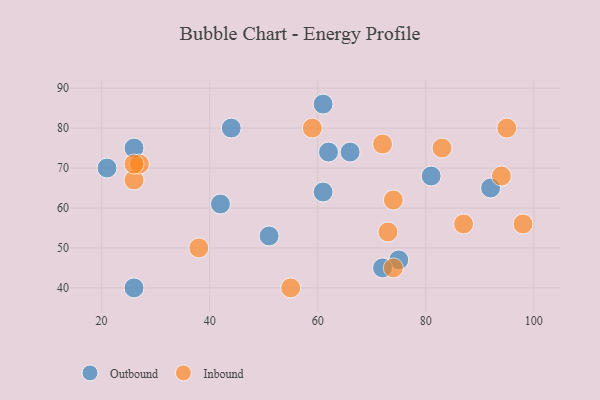
{"axis": {"x": "GDP", "y": "Life Expectancy"}, "legend": ["Inbound", "Outbound"], "data": [{"x": "42", "y": 61, "type": "Outbound"}, {"x": "66", "y": 74, "type": "Outbound"}, {"x": "62", "y": 74, "type": "Outbound"}, {"x": "75", "y": 47, "type": "Outbound"}, {"x": "26", "y": 40, "type": "Outbound"}, {"x": "26", "y": 75, "type": "Outbound"}, {"x": "61", "y": 86, "type": "Outbound"}, {"x": "51", "y": 53, "type": "Outbound"}, {"x": "92", "y": 65, "type": "Outbound"}, {"x": "72", "y": 45, "type": "Outbound"}, {"x": "21", "y": 70, "type": "Outbound"}, {"x": "81", "y": 68, "type": "Outbound"}, {"x": "61", "y": 64, "type": "Outbound"}, {"x": "44", "y": 80, "type": "Outbound"}, {"x": "72", "y": 76, "type": "Inbound"}, {"x": "95", "y": 80, "type": "Inbound"}, {"x": "74", "y": 45, "type": "Inbound"}, {"x": "87", "y": 56, "type": "Inbound"}, {"x": "74", "y": 62, "type": "Inbound"}, {"x": "26", "y": 67, "type": "Inbound"}, {"x": "55", "y": 40, "type": "Inbound"}, {"x": "27", "y": 71, "type": "Inbound"}, {"x": "38", "y": 50, "type": "Inbound"}, {"x": "83", "y": 75, "type": "Inbound"}, {"x": "98", "y": 56, "type": "Inbound"}, {"x": "26", "y": 71, "type": "Inbound"}, {"x": "73", "y": 54, "type": "Inbound"}, {"x": "94", "y": 68, "type": "Inbound"}, {"x": "59", "y": 80, "type": "Inbound"}]}